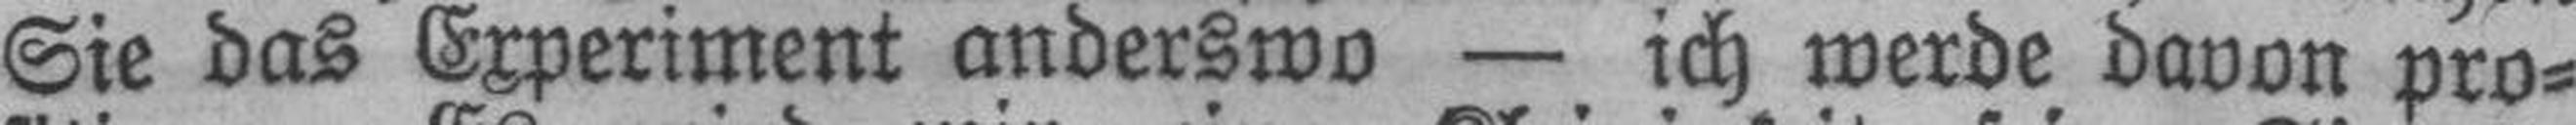
Sie das Experiment anderswo — ich werde davon pro¬